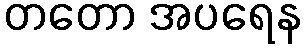
တတော အပရေန